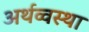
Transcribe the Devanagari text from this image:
अर्थव्वस्था